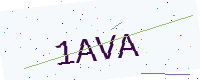
Text: 1AVA